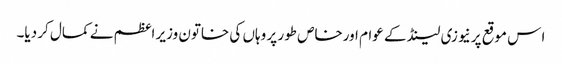
ا س موقع پر نیوزی لینڈ کے عوام اورخاص طور پر وہاں کی خاتون وزیر اعظم نے کمال کر دیا۔